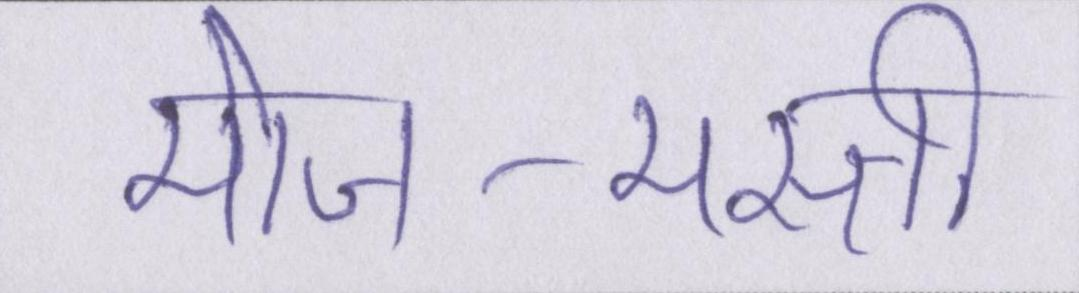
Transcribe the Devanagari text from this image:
मोज-मस्ती